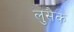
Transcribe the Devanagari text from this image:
लुसैक